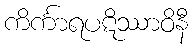
ကိင်္ကာရပဋိဿာဝိနီ